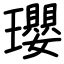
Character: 瓔